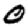
Digit: 0